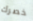
خصرك